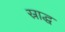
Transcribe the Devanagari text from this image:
स्राद्ध